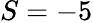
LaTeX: S=-5